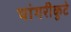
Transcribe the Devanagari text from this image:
पांगरीकुटे